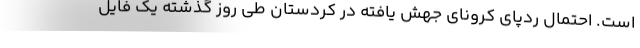
است. احتمال ردپای کرونای جهش یافته در کردستان طی روز گذشته یک فایل